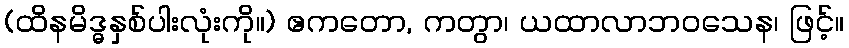
(ထိနမိဒ္ဓနှစ်ပါးလုံးကို။) ဧကတော, ကတွာ၊ ယထာလာဘဝသေန၊ ဖြင့်။